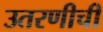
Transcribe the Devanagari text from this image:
उतरणीची